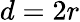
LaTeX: d=2r